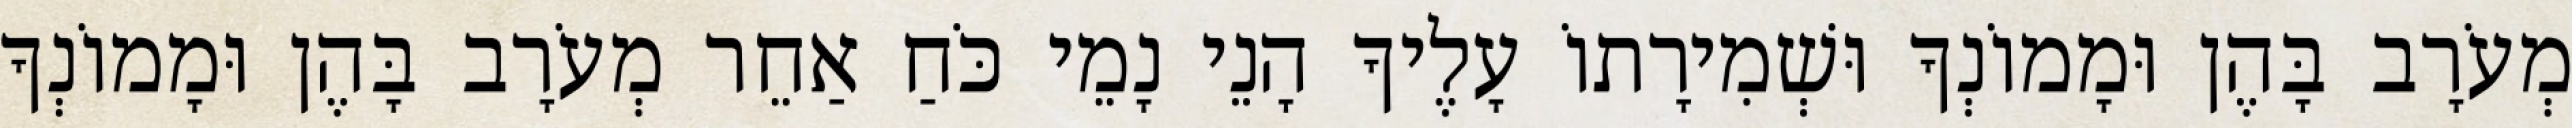
מְעֹרָב בָּהֶן וּמָמוֹנְךָ וּשְׁמִירָתוֹ עָלֶיךָ הָנֵי נָמֵי כֹּחַ אַחֵר מְעֹרָב בָּהֶן וּמָמוֹנְךָ